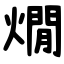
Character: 燗